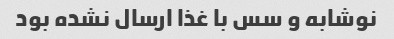
نوشابه و سس با غذا ارسال نشده بود